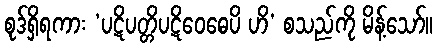
စုဒ်ရှိရကား ‘ပဋိပတ္တိပဋိဝေဓေပိ ဟိ’ စသည်ကို မိန့်သော်။